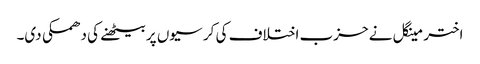
اختر مینگل نے حزب اختلاف کی کر سیوں پر بیٹھنے کی دھمکی دی۔